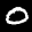
Label: 0